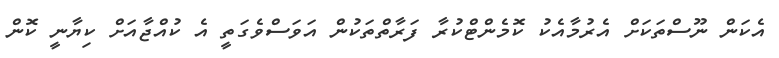
އެކަން ނޫސްތަކަށް އެރުމާއެކު ކޮމެންޓްކުރާ ފަރާތްތަކުން އަވަސްވެގަތީ އެ ކުއްޖާއަށް ކިޔާނީ ކޮން